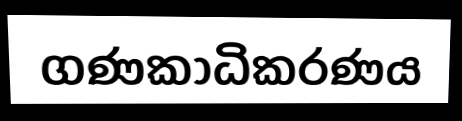
ගණකාධිකරණය